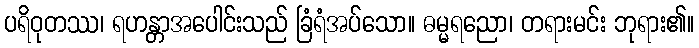
ပရိဝုတဿ၊ ရဟန္တာအပေါင်းသည် ခြံရံအပ်သော။ ဓမ္မရညော၊ တရားမင်း ဘုရား၏။